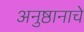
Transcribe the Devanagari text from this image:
अनुष्ठानाचे